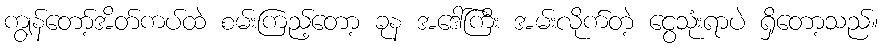
ကျွန်တော့်အိတ်ကပ်ထဲ စမ်းကြည့်တော့ ခုန အဒေါ်ကြီး အမ်းလိုက်တဲ့ ငွေသုံးရာပဲ ရှိတော့သည်။